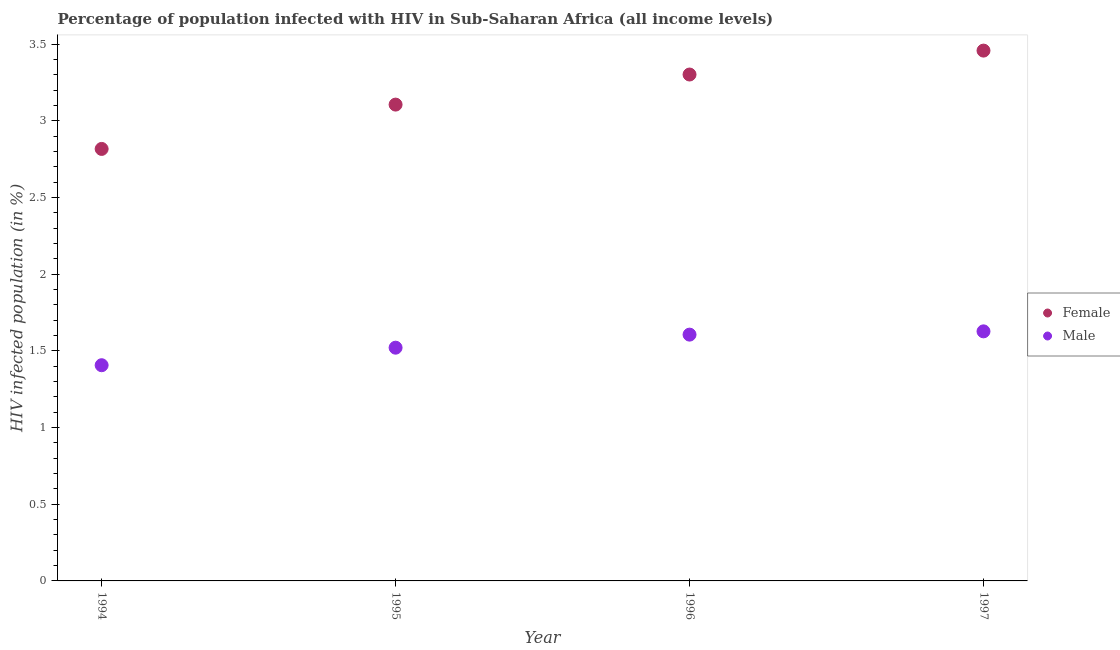
| Year | Female | Male |
 | --- | --- | --- |
 | 1994 | 2.82 | 1.41 |
 | 1995 | 3.11 | 1.52 |
 | 1996 | 3.3 | 1.61 |
 | 1997 | 3.46 | 1.63 |